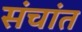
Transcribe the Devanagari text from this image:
संचांत